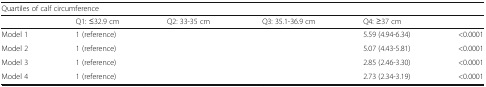
<table><thead><tr><td colspan="6"><b>Quartiles of calf circumference</b></td></tr><tr><td>[EMPTY_CELL]</td><td><b>Q1: ≤32.9 cm</b></td><td><b>Q2: 33-35 cm</b></td><td><b>Q3: 35.1-36.9 cm</b></td><td><b>Q4: ≥37 cm</b></td><td>[EMPTY_CELL]</td></tr></thead><tbody><tr><td>Model 1</td><td>1 (reference)</td><td>[EMPTY_CELL]</td><td>[EMPTY_CELL]</td><td>5.59 (4.94-6.34)</td><td>&lt;0.0001</td></tr><tr><td>Model 2</td><td>1 (reference)</td><td>[EMPTY_CELL]</td><td>[EMPTY_CELL]</td><td>5.07 (4.43-5.81)</td><td>&lt;0.0001</td></tr><tr><td>Model 3</td><td>1 (reference)</td><td>[EMPTY_CELL]</td><td>[EMPTY_CELL]</td><td>2.85 (2.46-3.30)</td><td>&lt;0.0001</td></tr><tr><td>Model 4</td><td>1 (reference)</td><td>[EMPTY_CELL]</td><td>[EMPTY_CELL]</td><td>2.73 (2.34-3.19)</td><td>&lt;0.0001</td></tr></tbody></table>